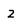
Character: z